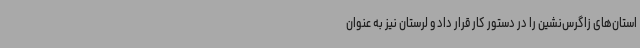
استان‌های زاگرس‌نشین را در دستور کار قرار داد و لرستان نیز به عنوان